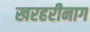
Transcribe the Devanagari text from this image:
खरहरीनाग